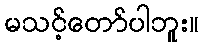
မသင့်တော်ပါဘူး။